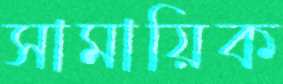
সামায়িক